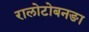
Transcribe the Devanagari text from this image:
रालोटोबनङा